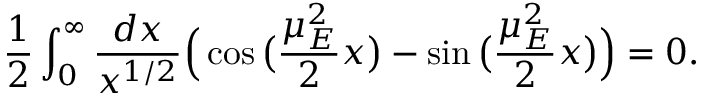
\frac { 1 } { 2 } \int _ { 0 } ^ { \infty } \frac { d x } { x ^ { 1 / 2 } } \Big ( \cos \big ( \frac { \mu _ { E } ^ { 2 } } { 2 } x \big ) - \sin \big ( \frac { \mu _ { E } ^ { 2 } } { 2 } x \big ) \Big ) = 0 .